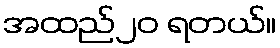
အထည်၂၀ ရတယ်။